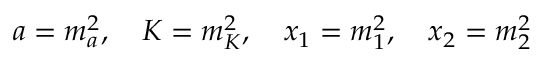
a = m _ { a } ^ { 2 } , \quad K = m _ { K } ^ { 2 } , \quad x _ { 1 } = m _ { 1 } ^ { 2 } , \quad x _ { 2 } = m _ { 2 } ^ { 2 }